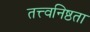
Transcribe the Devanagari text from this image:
तत्त्वनिष्ठता